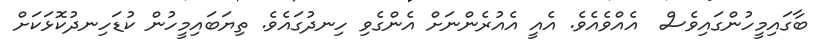
ބާގައިމީހުންގައިވެސް  އެއްވެއެވެ. އެއީ އެއުރެންނަށް އެންގެވި ހިނދުގައެވެ. ތިޔަބައިމީހުން ކުޑަހިނދުކޮޅަކަށް